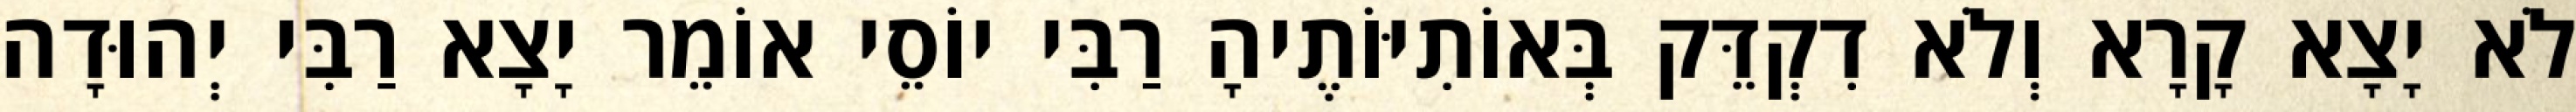
לֹא יָצָא קָרָא וְלֹא דִקְדֵּק בְּאוֹתִיּוֹתֶיהָ רַבִּי יוֹסֵי אוֹמֵר יָצָא רַבִּי יְהוּדָה